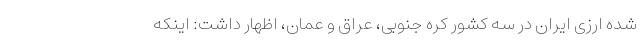
شده ارزی ایران در سه کشور کره جنوبی، عراق و عمان، اظهار داشت: اینکه